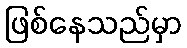
ဖြစ်နေသည်မှာ